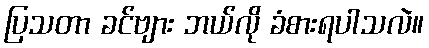
ပြသတာ ခင်ဗျား ဘယ်လို ခံစားရပါသလဲ။